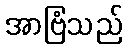
အာဗြံသည်